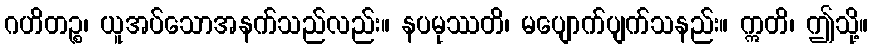
ဂဟိတဉ္စ၊ ယူအပ်သောအနက်သည်လည်း။ နပမုဿတိ၊ မပျောက်ပျက်သနည်း။ ဣတိ၊ ဤသို့။